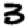
Digit: 3